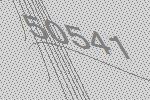
50541